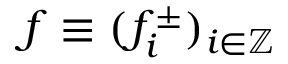
f \equiv ( f _ { i } ^ { \pm } ) _ { i \in \mathbb { Z } }